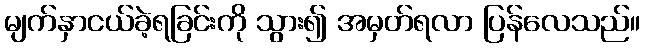
မျက်နှာငယ်ခဲ့ရခြင်းကို သွား၍ အမှတ်ရလာ ပြန်လေသည်။